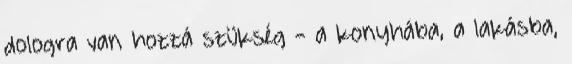
dologra van hozzá szükség - a konyhába, a lakásba,